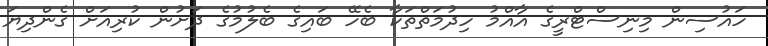
ހައުސިން މިނިސްޓްރީގެ އާއްމު ހިދުމަތްތަކާ ބެހޭ ބައިގެ ބެލުމުގެ ދަށުން ކުރިއަށް ގެންދިޔަ